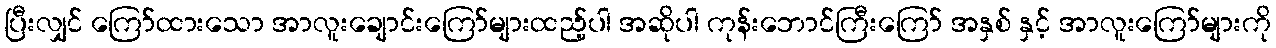
ပြီးလျှင် ကြော်ထားသော အာလူးချောင်းကြော်များထည့်ပါ အဆိုပါ ကုန်းဘောင်ကြီးကြော် အနှစ် နှင့် အာလူးကြော်များကို